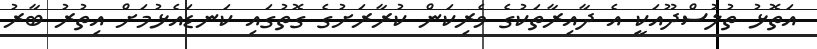
އަތޮޅު ތުލުސްދޫއަކީ އެ ދާއިރާތަކުގެ ވެރިކަން ކުރާރަށުގެ ގޮތުގައި ކަނޑައެޅުމަށް އިތުރު ބާރު